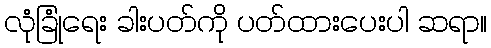
လုံခြုံရေး ခါးပတ်ကို ပတ်ထားပေးပါ ဆရာ။